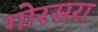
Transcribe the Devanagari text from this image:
गोरसरा